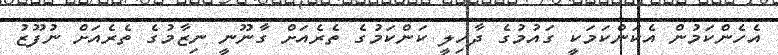
އެހެންކަމުން އެކަންކަމަކީ ގައުމުގެ ދާހިލީ ކަންކަމުގެ ތެރެއަށް ގާނޫނީ ނިޒާމުގެ ތެރެއަށް ނުފޫޒު